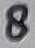
Text: 8